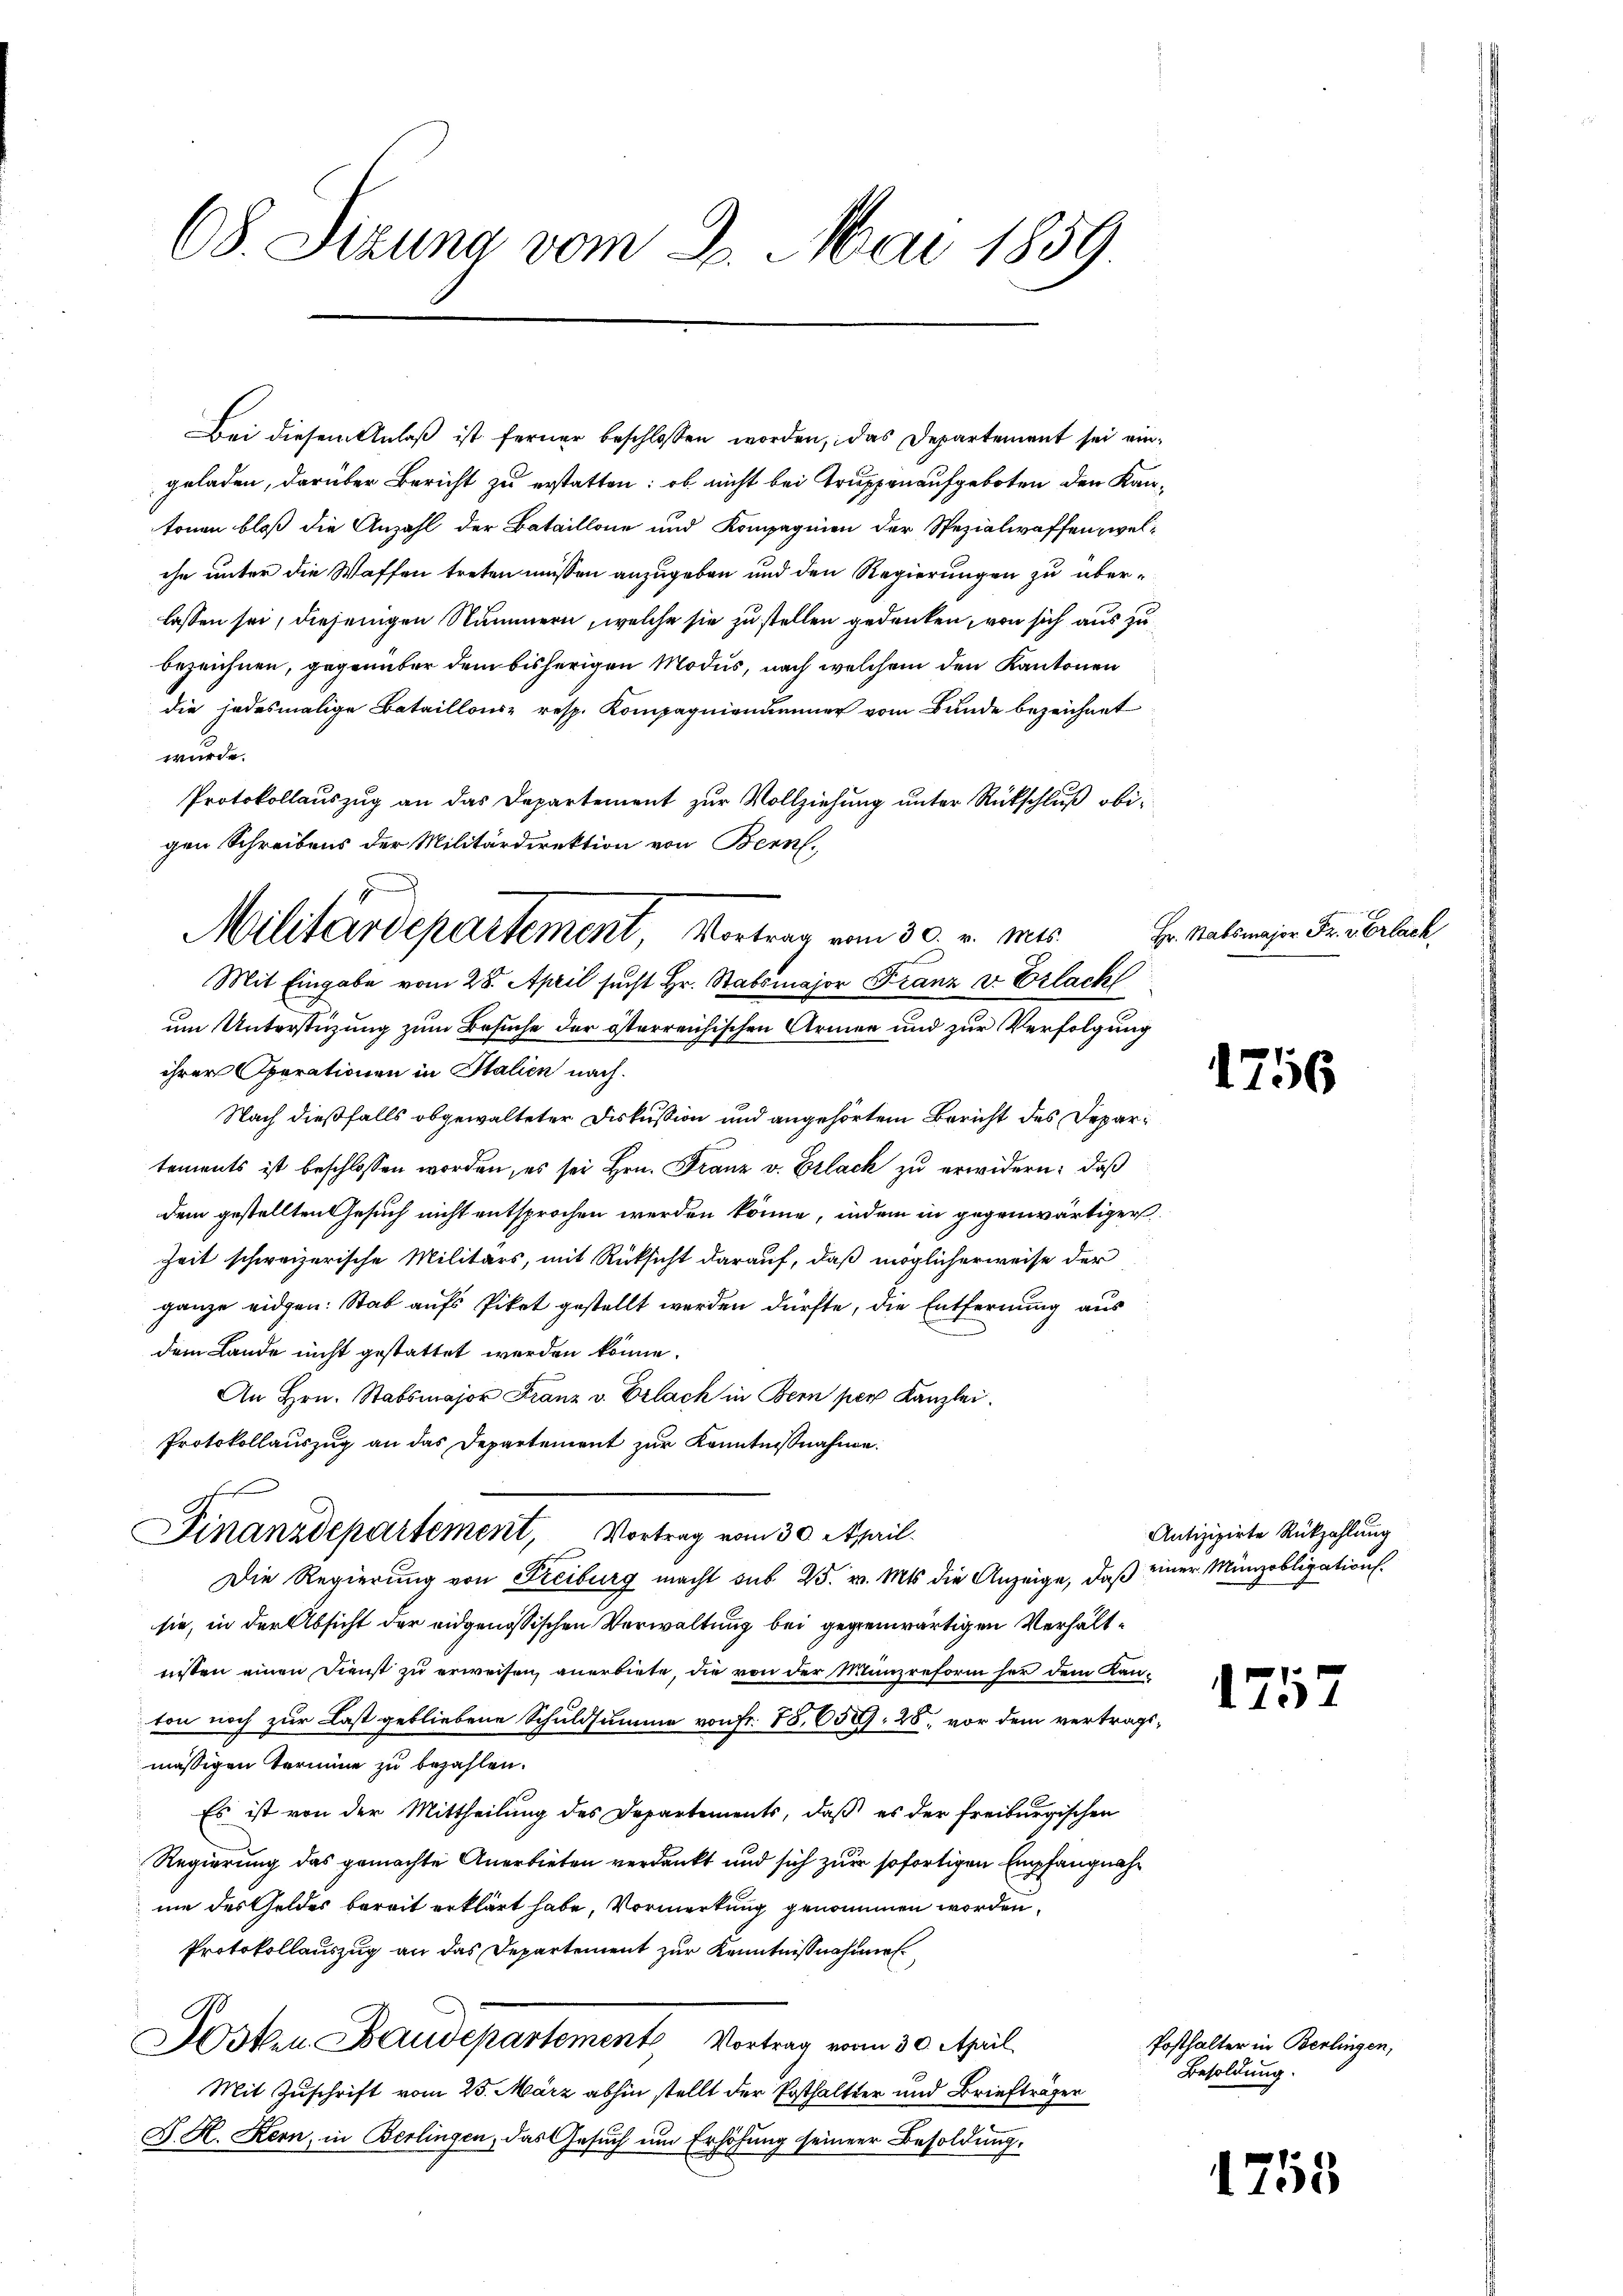
68. Sizung vom 2. Mai 1859

Bei diesem Anlaß ist ferner beschlossen worden, das Departement sei eingeladen, darüber Bericht zu erstatten: ob nicht bei Truppenaufgeboten den Kantonen bloß die Anzahl der Bataillone und Kompagnien der Spezialwaffen, welche unter die Waffen treten müssen anzugeben und den Regierungen zu überlassen sei, diejenigen Nummern, welche sie zu stellen gedenken, von sich aus zu
bezeichnen, gegenüber dem bisherigen Modus, nach welchem den Kantonen
die jedesmalige Bataillons- resp. Kompagnianummer vom Bunde bezeichnet
würde.
Protokollauszug an das Departement zur Vollziehung unter Rückschluß obigen Schreibens der Militärdirektion von Bern,
Mit Eingabe vom 28. April sucht Hr. Stabsmajor Franz v. Erlackt
um Unterstüzung zum Besuche der österreichischen Armen und zur Verfolgung
ihrer Operationen in Italien nach.
Nach dießfalls obgewalteter Diskussion und angehörtem Bericht des Departements ist beschlossen worden, es sei Hrn. Franz v. Erlack zu erwidern: daß
dem gestellten Gesuch nicht entsprochen werden könne, indem in gegenwärtiger
Zeit schweizerische Militärs, mit Rüksicht darauf, daß möglicherweise der
ganze eidgen: Stab aufs Piket gestellt werden dürfte, die Entfernung aus
dem Lande nicht gestattet werden könne.
An Hrn. Stabsmajor Franz v. Erlach in Bern per Kanzlei.
Protokollauszug an das Departement zur Kenntnißnahme:
Finanzdepartement, Vortrag vom 30. April.
Die Regierung von Freiburg macht sub 25. v. Mts. die Anzeige, daß einer Münzobligation.
sie, in der Absicht der eidgenössischen Verwaltung bei gegenwärtigen Verhältnisten einen Dienst zu erweisen, anerbiete, die von der Münzreform her dem Kanton noch zur Last gebliebene Schuldsumme von Fr. 78. 650. 28. vor dem vertragsmässigen Termine zu bezahlen.
Es ist von der Mittheilung des Departements, daß es der freiburgischen
Regierung das gemachte Anerbieten verdankt und sich zur sofortigen Empfangnahnie des Geldes bereit erklärt habe, Vormerkung genommen worden.
Protokollauszug an das Departement zur Kenntnißnahmen
Hosten Baudepartement Vortrag vom 30. April.
Mit Zuschrift vom 25. März abhin stellt der Posthalter und Briefträger
G. H. Kern, in Berlingen, das Gesuch um Erhöhung seiner Besoldung.

Militärdepartement Vortrag vom 30. v. mir

Hr. Stabsmajor Fr. verlach

Antizipirte Rückzahlung

Posthalter in Berlingen,
Besoldung.

1756

1752

1755